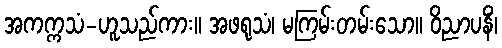
အကက္ကသံ-ဟူသည်ကား။ အဖရုသံ၊ မကြမ်းတမ်းသော။ ဝိညာပနိံ၊